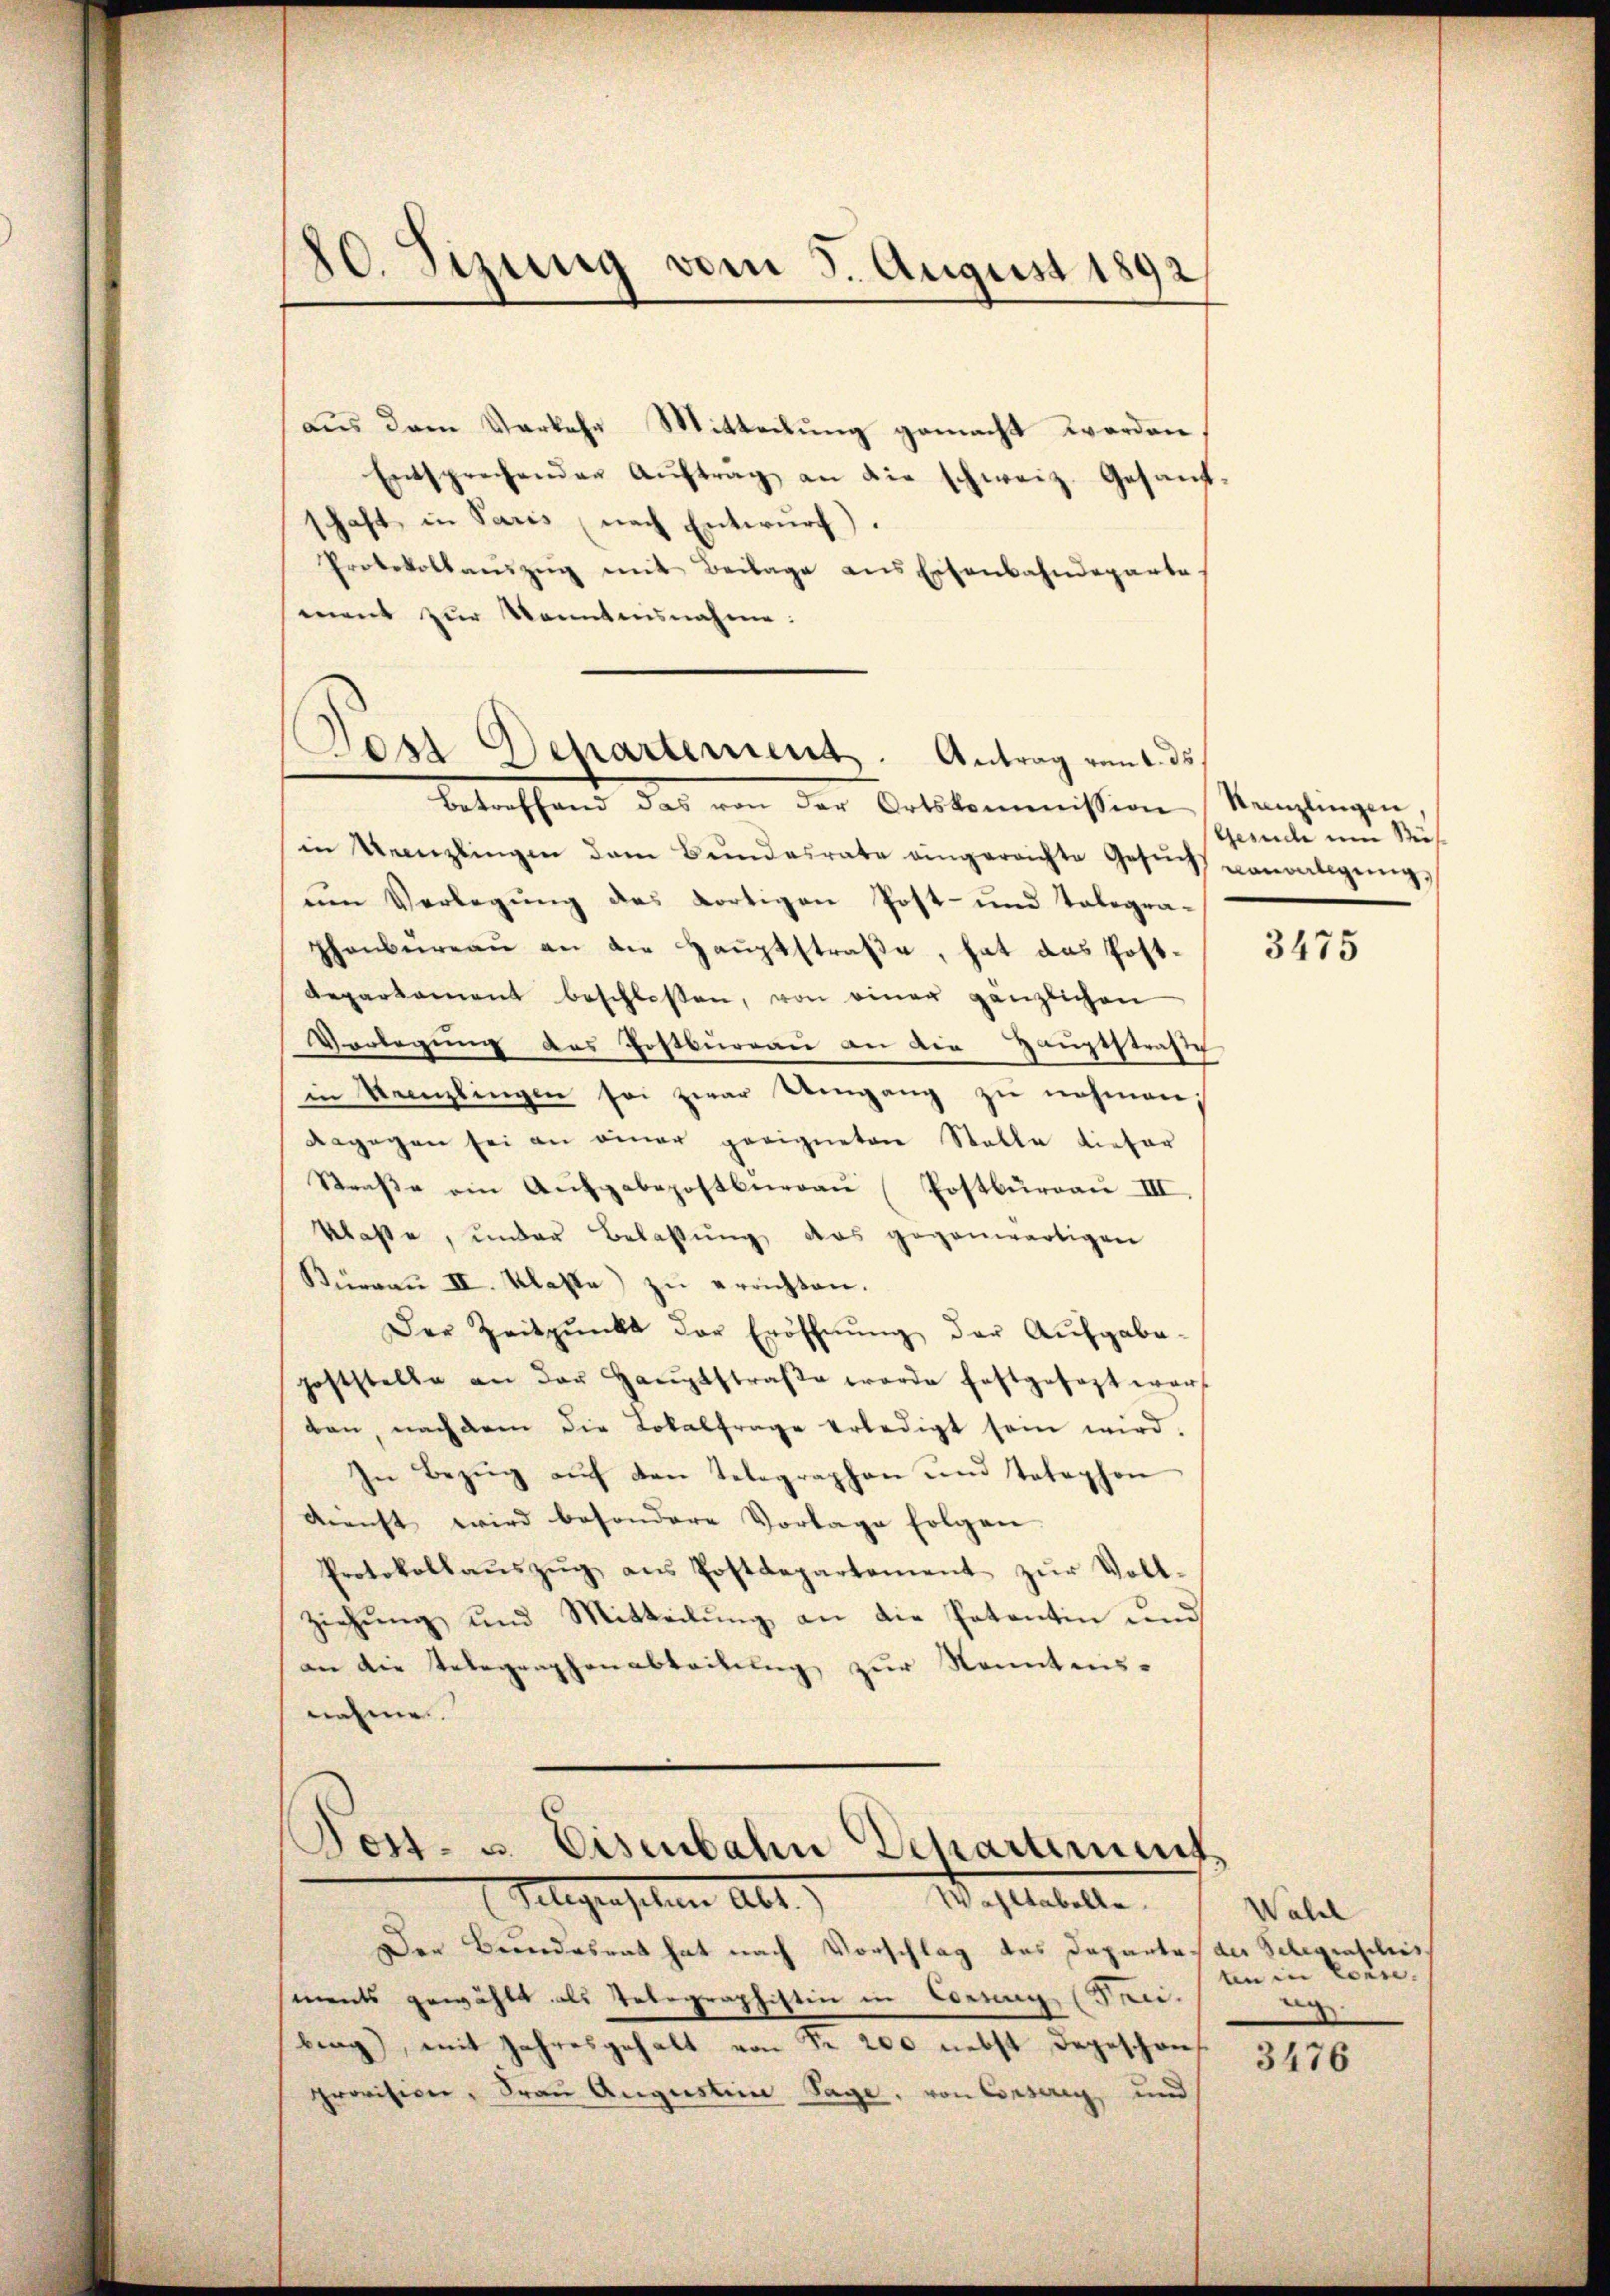
20. Sizung vom 5. August 1892

aus dem Verkehr Mitteilung gemacht werden,
Entsprechenden Auftrag an die schweiz. Gesandschaft in Paris (nach Entwurf).
Protokollanzŭg mit Beilage ans Eisenbahndeparte
ment zur Kenntnisnahme:

Dosi Repartement. Antrag vent. ds.

Betreffend das von der Ortskommission Stanzlingen,
in Kenzlingen dem Bŭndesrate eingerechte Gesŭch vormaligŭng
um Verlegung des dortigen Post- und Talegraphenbureau an die Hauptstraße, hat das Post¬
Repartement beschlossen, von einer gänzlichen
Verlegung das Postburgau an die Hauptstraße
in Kanzlingen sei zwar Umgang zu nehmen;
dagegen sei an einer geeigneten Stalle tiefer
Strasse am Aufgabepostbüreaŭ (Postburgau III.
klasse, under Belassŭng das gegenwärtigen
Büreaŭ II. Klasse zŭ errichten.
Der Zeitpunkt der Eröffnŭng der Aufgabe-
poststelle an der Hauptstraβe werde festgesezt warf
tan, nachdem die Lokalfrage erledigt sein wird.
In Bezŭg aŭf den Telegraphen und Totephon
dienst wird besondere Vorlage folgen
Protokollaŭszŭg ans Postdepartement zŭr Vollziehung und Mitteilung an die Petentin und
an die Telegraphenabteilung zur Sonntens-
nahme.

d
Post- u. Eisenbahn Departement
Telegenschen Abt.
Wohltabelle.

Der Bundesrat hat nach Vorschlag des Departes der Gelegraschis
ments gewählt als Telegraphistin in Loreng (Faci-
bng), mit Jahresgehalt von Fr. 200 nebst dageschon
Provision, Frau Augustein Sage, von Conserey und

Gesuch um Süs¬

3475

Walde
un in Conne.
ag

3476